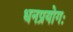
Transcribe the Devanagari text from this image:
धनप्रयोगः